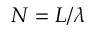
N = L / \lambda